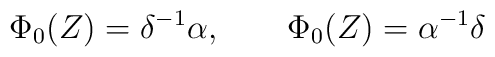
\Phi_0(Z)=\delta^{-1}\alpha,\qquad\Phi_0(Z)=\alpha^{-1} \delta